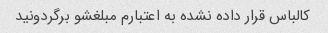
کالباس قرار داده نشده به اعتبارم مبلغشو برگردونید